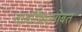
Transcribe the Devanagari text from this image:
वावरिंकासोबत